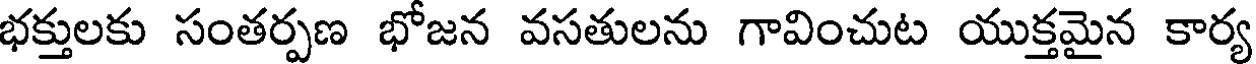
భక్తులకు సంతర్పణ భోజన వసతులను గావించుట యుక్తమైన కార్య